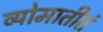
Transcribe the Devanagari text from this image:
व्योमातीतं